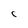
Character: C